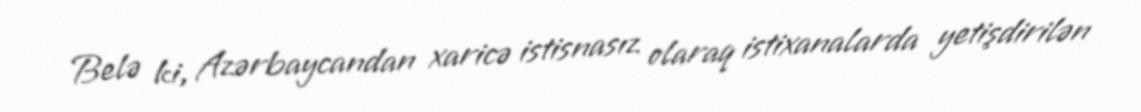
Belə ki, Azərbaycandan xaricə istisnasız olaraq istixanalarda yetişdirilən